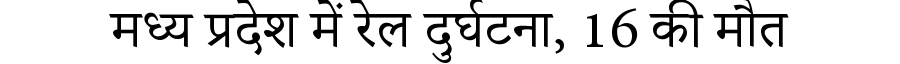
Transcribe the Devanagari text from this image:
मध्य प्रदेश में रेल दुर्घटना, 16 की मौत